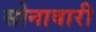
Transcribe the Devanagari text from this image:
सोनावारी